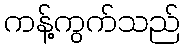
ကန့်ကွက်သည်